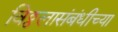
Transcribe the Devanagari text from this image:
विठ्ठलासंबंधीच्या